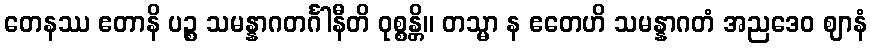
တေနဿ ဧတာနိ ပဉ္စ သမန္နာဂတင်္ဂါနီတိ ဝုစ္စန္တိ။ တသ္မာ န ဧတေဟိ သမန္နာဂတံ အညဒေဝ ဈာနံ